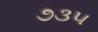
૭૩૫